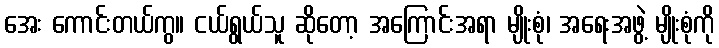
အေး ကောင်းတယ်ကွ။ ငယ်ရွယ်သူ ဆိုတော့ အကြောင်းအရာ မျိုးစုံ၊ အရေးအဖွဲ့ မျိုးစုံကို